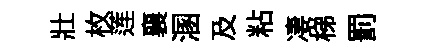
壯枚莲襄溷及粘凄梯罰